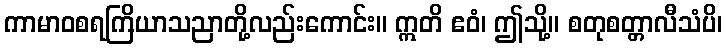
ကာမာဝစရကြိယာသညာတို့လည်းကောင်း။ ဣတိ ဧဝံ၊ ဤသို့။ စတုစတ္တာလီသံပိ၊